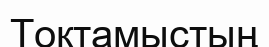
Тоқтамыстың